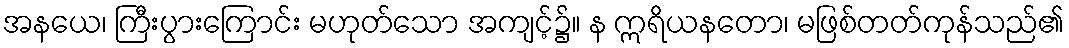
အနယေ၊ ကြီးပွားကြောင်း မဟုတ်သော အကျင့်၌။ န ဣရိယနတော၊ မဖြစ်တတ်ကုန်သည်၏